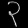
Digit: ၃